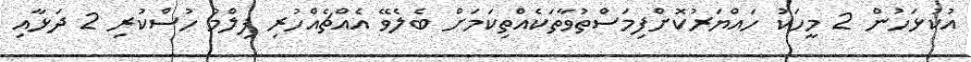
އުކުޅަހުން 2 މީހަކު ހައްޔަރުކޮށްފިމަސްތުވާތަކެއްތިކަމަށް ބެލެވޭ އެއްޗެއްހުރި ފިލްމު ހުސްކުރި 2 ދަޅާއި